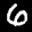
Label: 6